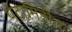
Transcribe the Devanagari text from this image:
पेंटामिडीन